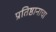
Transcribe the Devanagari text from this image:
प्रतिष्ठानाचा